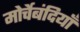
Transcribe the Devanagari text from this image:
मोर्चेबंदियाँ